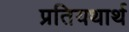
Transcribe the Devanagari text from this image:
प्रतियथार्थ